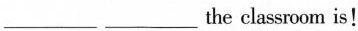
___ ___ the classroom is!